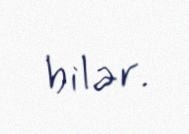
bilər.